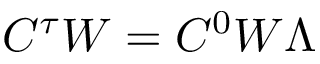
C ^ { \tau } W = C ^ { 0 } W \Lambda